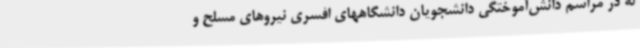
له در مراسم دانش‌آموختگی دانشجویان دانشگاههای افسری نیروهای مسلح و